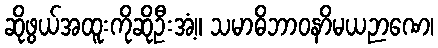
ဆိုဖွယ်အထူးကိုဆိုဦးအံ့။ သမာဓိဘာဝနာိမယဉာဏေ၊